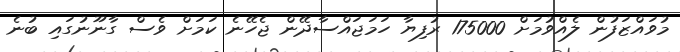
މުވައްޒަފުން ލެއްވުމަށް 175000 ރުފިޔާ ހަމަޖައްސާދޭން ޖެހޭނެ ކަމަށް ވެސް ގާނޫނުގައި ބުނެ